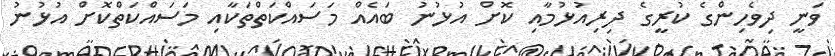
ވަނީ ދިވެހިންގެ ކުރީގެ ދިރިއުޅުމާއި ކޮށް އުޅުނު ބައެއް މަސައްކަތްތަކާއި މަސައްކަތްކޮށް އުޅުނު